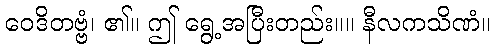
ဝေဒိတဗ္ဗံ၊ ၏။ ဤ ရွေ့အပြီးတည်း။။ နီလကသိဏံ။